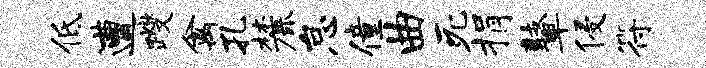
低遭躞禽孔麓怠僮曲死捐鼙侵符